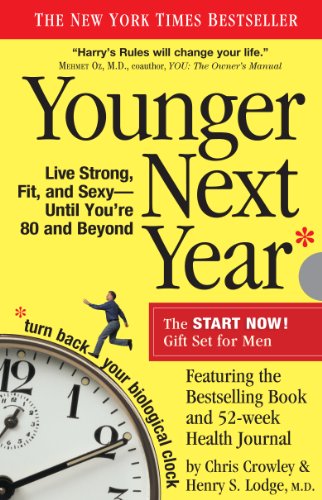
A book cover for Younger Next Year Gift Set for Men; Chris Crowley; Health, Fitness & Dieting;